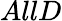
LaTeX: AllD